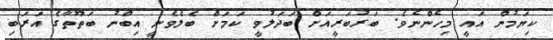
ކިޔަމުން އައީ މިހެންނެވެ. ބަރުބަރީއަށް ބަދަލުވީ ކަމަށް ބެލެވެނީ އިބްނު ބަތޫތާގެ އަރަބި